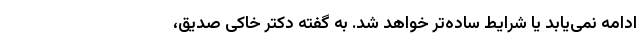
ادامه نمی‌یابد یا شرایط ساده‌تر خواهد شد. به گفته دکتر خاکی صدیق،